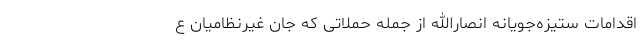
اقدامات ستیزه‌جویانه انصارالله از جمله حملاتی که جان غیرنظامیان ع